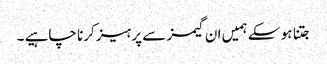
جتنا ہو سکے ہمیں ان گیمز سے پرہیز کرنا چاہیے ۔